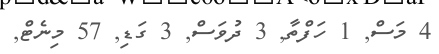
4 މަސް